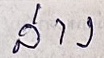
ล่าง